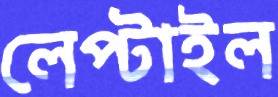
লেপ্‌টাইল